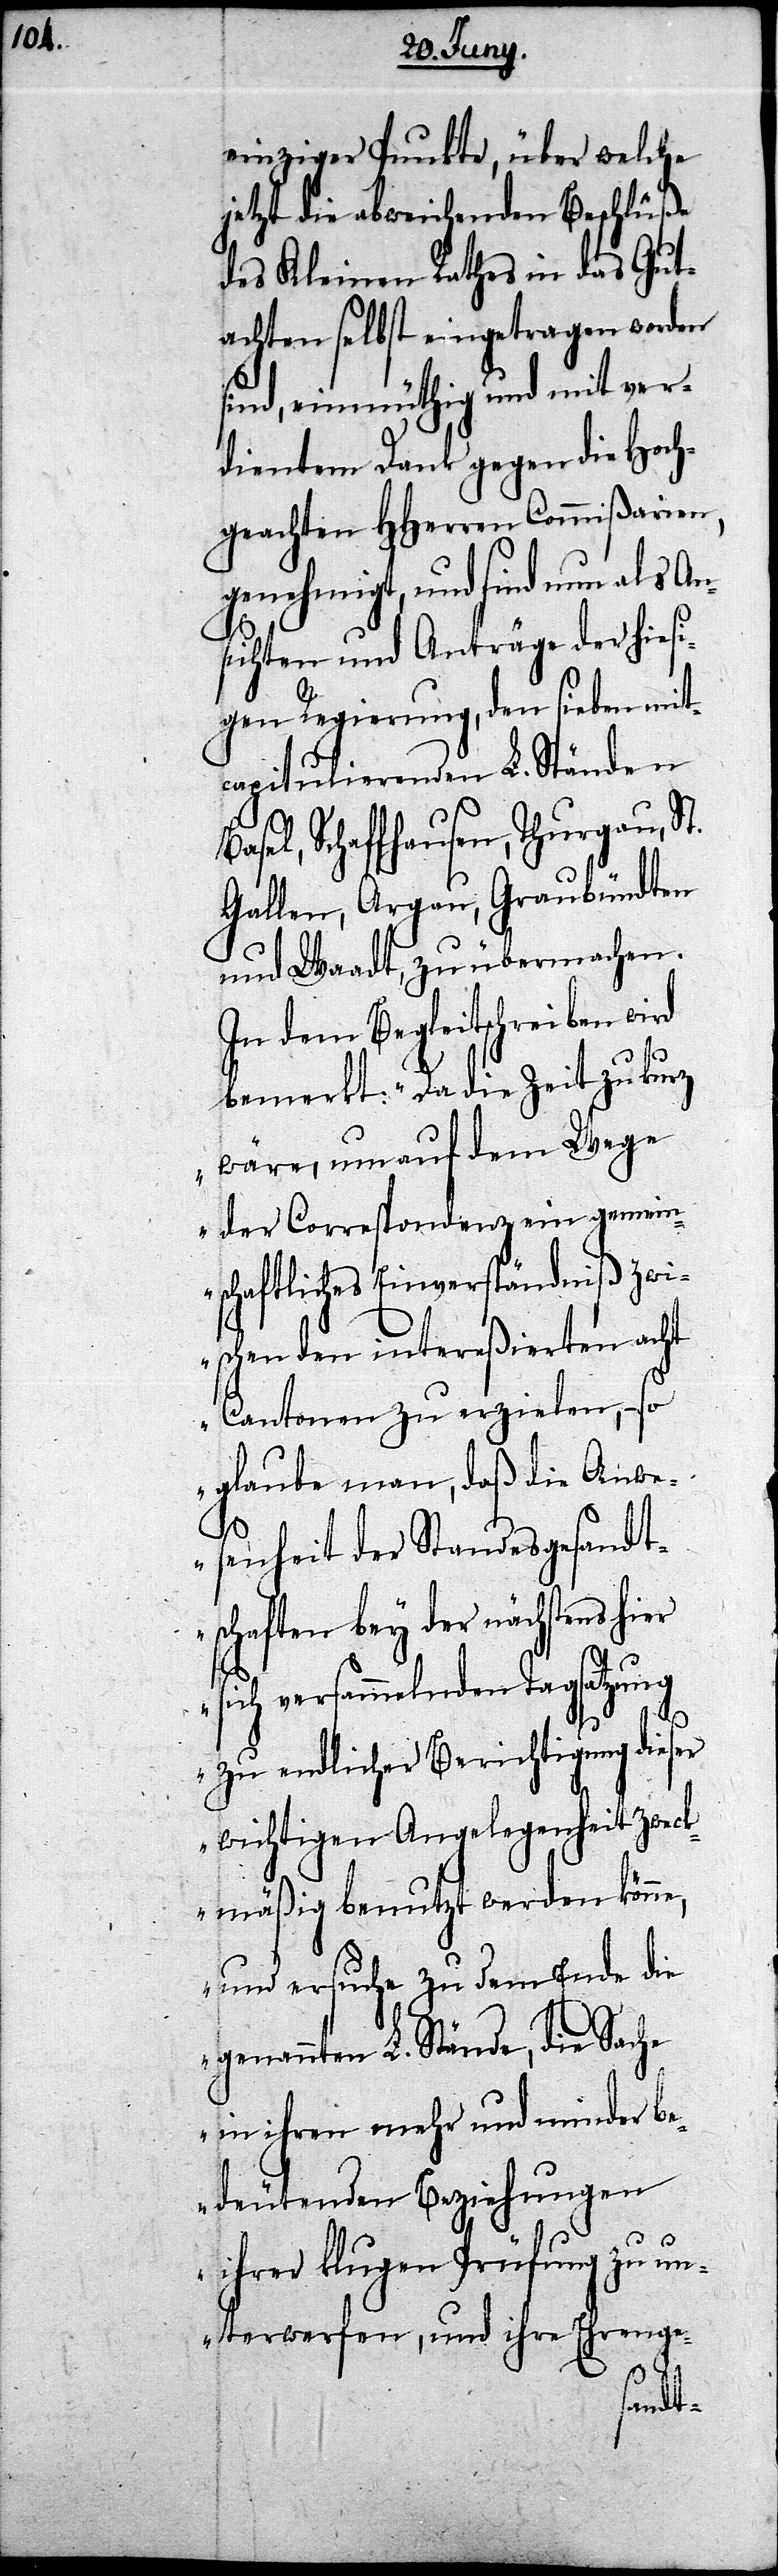
Ba¬

einziger Punkte, über welche
jetzt die abweichenden Beschlüße
des Kleinen Rathes in das Gut¬
achten selbst eingetragen worden
sind, einmüthig und mit ver¬
dientem Dank gegen die Hoch¬
geachten Herren Commißarien,
genehmigt, und sind nun als An¬
sichten und Anträge der hiesi¬
gen Regierung, den selben mit¬
capitulierenden L. Ständen
sel, Schaffhausen, Thurgau,
Gallen, Argau, Graubündten
und Waadt, zu übermachen.
In dem Begleitschreiben wird
bemerkt: „Da die Zeit zu kurz
wäre, um auf dem Wege
der Correspondenz ein gemein¬
schaftliches Einverständniß zwi¬
schen den intereßierten acht
Cantonen zu erzielen, – so
glaube man, daß die Anwe¬
senheit der Standesgesandt¬
schaften bey der nächstens
sich versammelnden Tagsatzung
zu endlicher Berichtigung dieser
wichtigen Angelegenheit zweck¬
mäßig benutzt werden könne,
und ersuche zu dem Ende die
genannten L. Stände, die Sache
in ihren mehr und minder be¬
deutenden Beziehungen
ihrer klugen Prüfung zu un¬
terwerfen, und ihre Ehrenge-